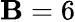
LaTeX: \mathbf{B}=6